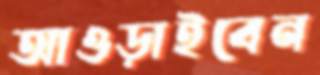
আওড়াইবেন